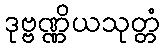
ဒုဗ္ဗဏ္ဏိယသုတ္တံ